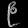
Digit: ၉